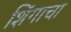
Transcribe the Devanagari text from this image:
शिंगाचा